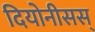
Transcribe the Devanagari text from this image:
दियोनीसस्